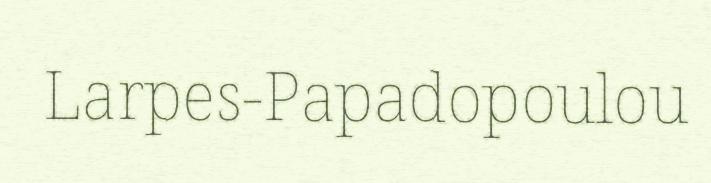
Larpes-Papadopoulou